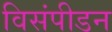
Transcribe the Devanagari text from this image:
विसंपीडन